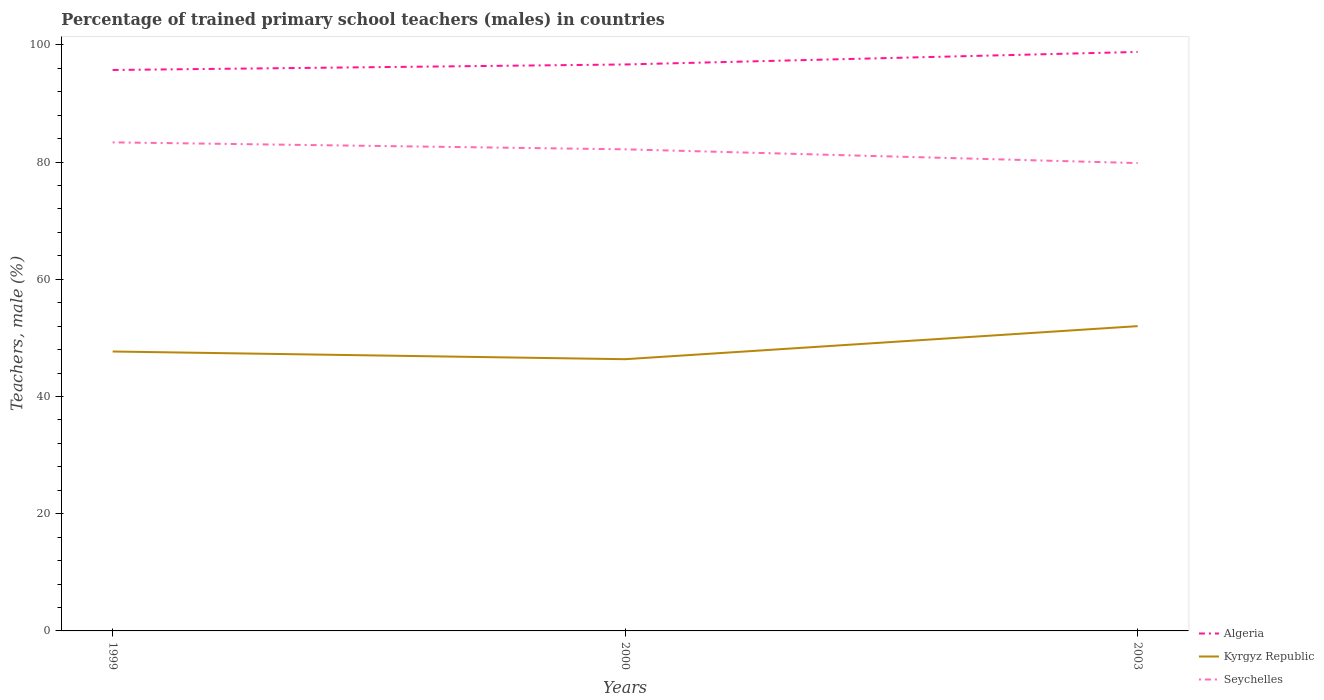
| Years | Algeria | Kyrgyz Republic | Seychelles |
 | --- | --- | --- | --- |
 | 1999 | 95.7 | 47.7 | 83.4 |
 | 2000 | 96.7 | 46.4 | 82.2 |
 | 2003 | 98.8 | 52 | 79.8 |